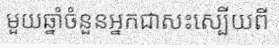
មួយឆ្នាំចំនួនអ្នកជាសះស្បើយពី